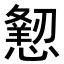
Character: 𢢍